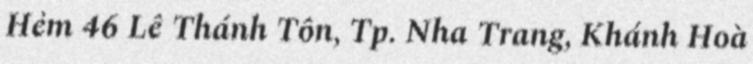
Hẻm 46 Lê Thánh Tôn, Tp. Nha Trang, Khánh Hoà